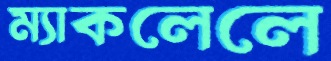
ম্যাকলেলে